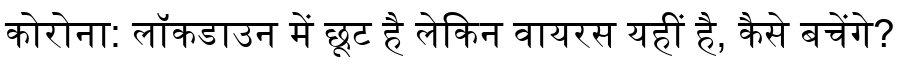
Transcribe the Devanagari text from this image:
कोरोना: लॉकडाउन में छूट है लेकिन वायरस यहीं है, कैसे बचेंगे?